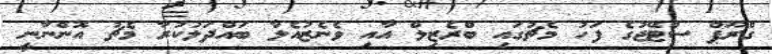
ގްރޫޕް ސްޓޭޖުގެ ފަހު މެޗުގައި ބްރެޒިލް އާއި ވެނެޒުއެލާ ބައްދަލުކުރާ މެޗު އޮންނާނީ